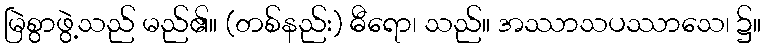
မြဲစွာဖွဲ့သည် မည်၏။ (တစ်နည်း) ဓီရော၊ သည်။ အဿာသပဿာသေ၊ ၌။